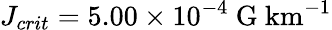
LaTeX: J_{crit}=5.00\times 10^{-4}\ \mathrm{G\ km^{-1}}